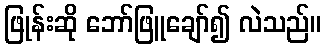
ဖြုန်းဆို ဘော်ဖြူချော်၍ လဲသည်။